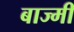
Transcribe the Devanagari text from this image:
बाज्मी